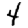
Digit: 4